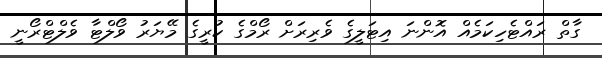
ގާތް ރައްޓެހިކަމެއް އޮންނަ އިޓަލީގެ ވެރިރަށް ރޯމްގެ ކުރީގެ މޭޔަރު ވޯލްޓާ ވެލްޓްރޯނީ